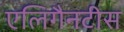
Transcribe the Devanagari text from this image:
एलिगैनटीस